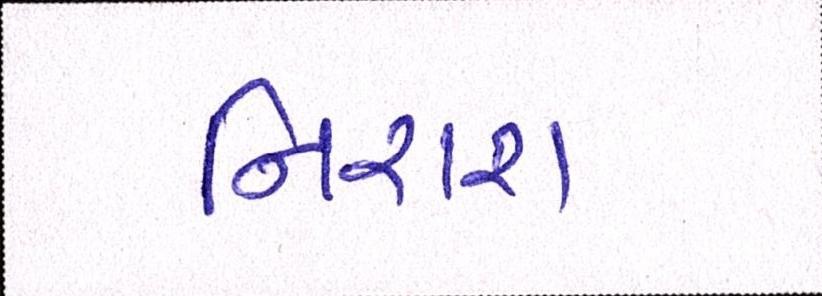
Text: નિરાશ